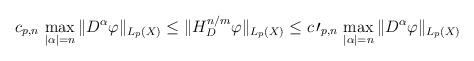
LaTeX: \begin{align*}c_{p,n}\,\max_{|\alpha|=n}\|D^\alpha\varphi\|_{L_p(X)}\leq \|H_D^{n/m}\varphi\|_{L_p(X)}\leq c{\,\prime}_{p,n}\,\max_{|\alpha|=n}\|D^\alpha\varphi\|_{L_p(X)}\end{align*}